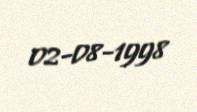
02-08-1998